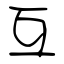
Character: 互